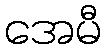
အေမီ